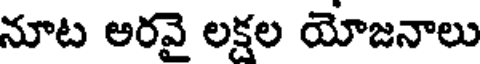
నూట అరవై లక్షల యోజనాలు